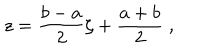
LaTeX: z = { \frac { b - a } { 2 } } \zeta + { \frac { a + b } { 2 } } \; ,